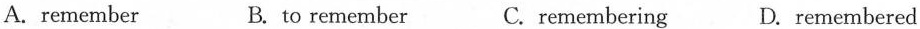
A.remember B. to remember C.remembering D. remembered